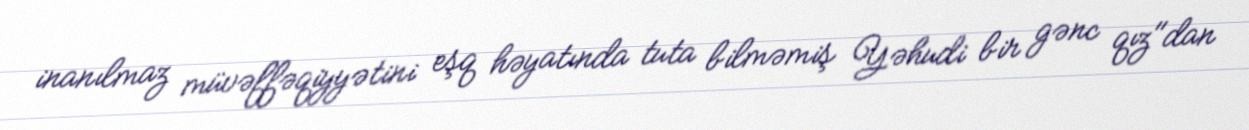
inanılmaz müvəffəqiyyətini eşq həyatında tuta bilməmiş Yəhudi bir gənc qız"dan